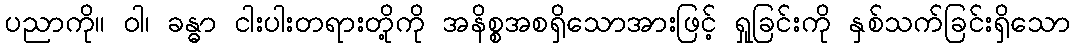
ပညာကို။ ဝါ၊ ခန္ဓာ ငါးပါးတရားတို့ကို အနိစ္စအစရှိသောအားဖြင့် ရှုခြင်းကို နှစ်သက်ခြင်းရှိသော